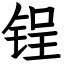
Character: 锃